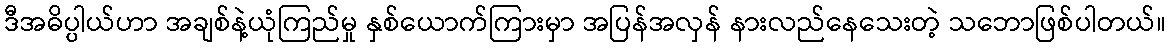
ဒီအဓိပ္ပါယ်ဟာ အချစ်နဲ့ယုံကြည်မှု နှစ်ယောက်ကြားမှာ အပြန်အလှန် နားလည်နေသေးတဲ့ သဘောဖြစ်ပါတယ်။